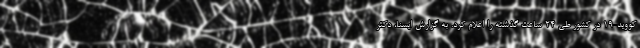
کووید-۱۹ در کشور طی ۲۴ ساعت گذشته را اعلام کرد. به گزارش ایسنا، دکتر